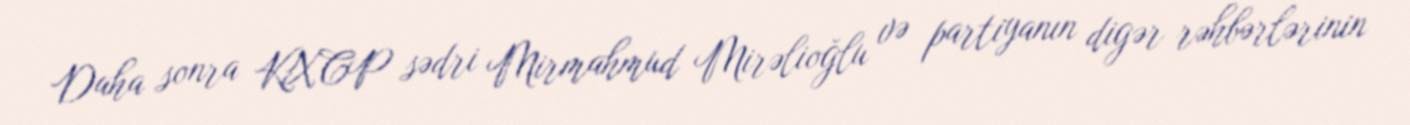
Daha sonra KXCP sədri Mirmahmud Mirəlioğlu və partiyanın digər rəhbərlərinin